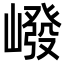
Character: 𪩕